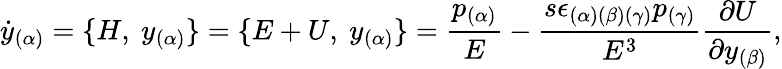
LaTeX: {\dot{y}}_{(\alpha)}=\{ H,\ {y}_{(\alpha)}\} =\{ E+U,\ {y}_{(\alpha)}\} ={\frac{p_{(\alpha)}}{E}}-{\frac{s\epsilon_{(\alpha)(\beta)(\gamma)}p_{(\gamma)}}{E^{3}}}{\frac{\partial U}{\partial{y}_{(\beta)}}},